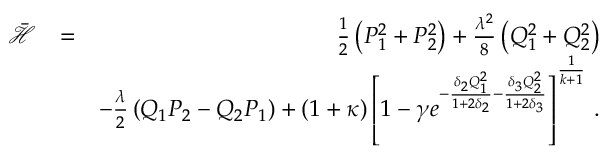
\begin{array} { r l r } { \bar { { \mathcal { H } } } } & { = } & { \frac { 1 } { 2 } \left( P _ { 1 } ^ { 2 } + P _ { 2 } ^ { 2 } \right) + \frac { \lambda ^ { 2 } } { 8 } \left( Q _ { 1 } ^ { 2 } + Q _ { 2 } ^ { 2 } \right) } \\ & { } & { - \frac { \lambda } { 2 } \left( Q _ { 1 } P _ { 2 } - Q _ { 2 } P _ { 1 } \right) + ( 1 + \kappa ) \left[ 1 - \gamma e ^ { - \frac { \delta _ { 2 } Q _ { 1 } ^ { 2 } } { 1 + 2 \delta _ { 2 } } - \frac { \delta _ { 3 } Q _ { 2 } ^ { 2 } } { 1 + 2 \delta _ { 3 } } } \right] ^ { \frac { 1 } { k + 1 } } \, . } \end{array}